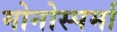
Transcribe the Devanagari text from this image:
मोनोस्पर्मा